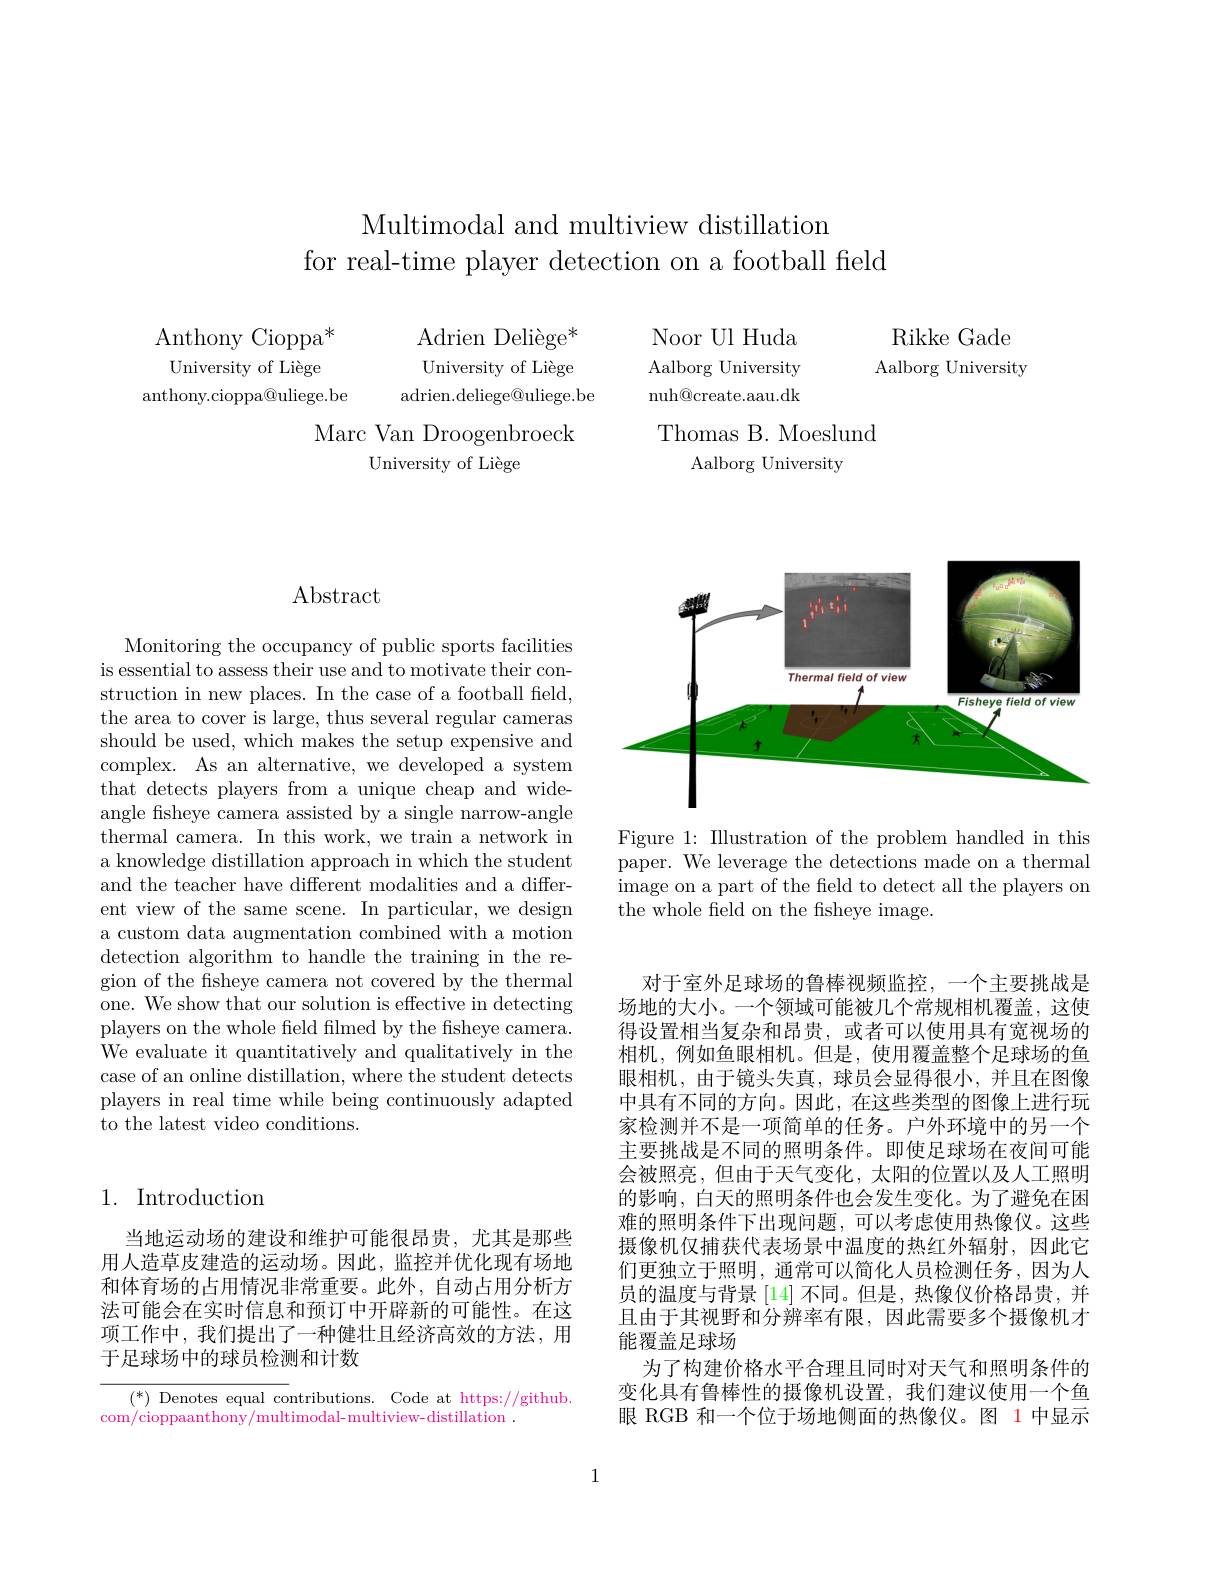
Multimodal and multiview distillation
for real-time player detection on a football field

Rikke Gade Aalborg University

Adrien Deliège$^*$ University of Liège
adrien.deliege@uliege.be

$\mathrm{Anthony~Cioppa}^{*}$ University of Liège
anthony.cioppa@uliege.be

Marc Van Droogenbroeck
University of Liège

Noor Ul Huda

Aalborg University

nuh@ create. aau. dk

Thomas B. Moeslund
Aalborg University

## Abstract

Monitoring the occupancy of public sports facilities is essential to assess their use and to motivate their construction in new places. In the case of a football feld, the area to cover is large, thus several regular cameras should be used, which makes the setup expensive and complex. As an alternative, we developed a system that detects players from a unique cheap and wideangle fsheye camera assisted by a single narrow-angle thermal camera. In this work, we train a network in a knowledge distillation approach in which the student and the teacher have different modalities and a different view of the same scene. In particular, we design a custom data augmentation combined with a motion detection algorithm to handle the training in the region of the fisheye camera not covered by the thermal one. We show that our solution is effective in detecting players on the whole field filmed by the fisheye camera. We evaluate it quantitatively and qualitatively in the case of an online distillation, where the student detects players in real time while being continuously adapted to the latest video conditions.

# 1. Introduction

当地运动场的建设和维护可能很昂贵，尤其是那些用人造草皮建造的运动场。因此，监控并优化现有场地和体育场的占用情况非常重要。此外，自动占用分析方法可能会在实时信息和预订中开辟新的可能性。在这项工作中，我们提出了一种健壮且经济高效的方法，用于足球场中的球员检测和计数

$(^*)$ Denotes equal contributions. Code at https://github.
com/cioppaanthony/multimodal-multiview-distillation .

<FigureHere>

Figure 1: Illustration of the problem handled in this paper. We leverage the detections made on a thermal image on a part of the field to detect all the players on the whole field on the fisheye image.

对于室外足球场的鲁棒视频监控，一个主要挑战是场地的大小。一个领域可能被几个常规相机覆盖，这使得设置相当复杂和昂贵，或者可以使用具有宽视场的相机，例如鱼眼相机。但是，使用覆盖整个足球场的鱼眼相机，由于镜头失真，球员会显得很小，并且在图像中具有不同的方向。因此，在这些类型的图像上进行玩家检测并不是一项简单的任务。户外环境中的另一个主要挑战是不同的照明条件。即使足球场在夜间可能会被照亮，但由于天气变化，太阳的位置以及人工照明的影响，白天的照明条件也会发生变化。为了避免在困难的照明条件下出现问题，可以考虑使用热像仪。这些摄像机仅捕获代表场景中温度的热红外辐射，因此它们更独立于照明，通常可以简化人员检测任务，因为人员的温度与背景[14]不同。但是，热像仪价格昂贵，并且由于其视野和分辨率有限，因此需要多个摄像机才能覆盖足球场
为了构建价格水平合理且同时对天气和照明条件的变化具有鲁棒性的摄像机设置，我们建议使用一个鱼眼 RGB 和一个位于场地侧面的热像仪。图 1 中显示

1